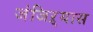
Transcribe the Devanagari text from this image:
जंजिऱ्यास